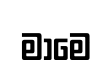
මාමෙ